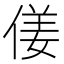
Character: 𠋄